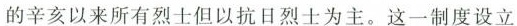
的辛亥以来所有烈士但以抗日烈士为主。这一制度设立